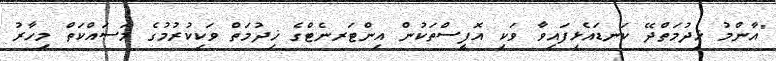
"އާންމު ޚިދުމަތްދޭ ކަނޑައެޅިފައިވާ ވަކި އޮފީސްތަކުން އިންޓަރނެޓްގެ ޚިދުމަތް ވަކިކުރުމުގެ މަސައްކަތް މިހާރު